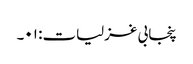
پنجابی غزلیات: ۰۱۔